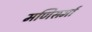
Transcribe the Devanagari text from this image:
मणिसर्मा